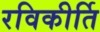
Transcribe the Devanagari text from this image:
रविकीर्ति